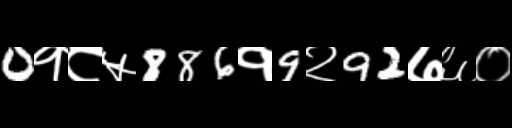
Text: 0१८५886१9२92७६०